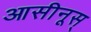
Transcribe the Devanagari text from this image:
आसीनूस्